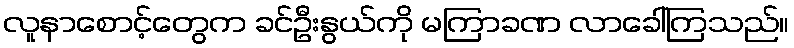
လူနာစောင့်တွေက ခင်ဦးနွယ်ကို မကြာခဏ လာခေါ်ကြသည်။